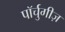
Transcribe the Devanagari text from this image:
पॉर्चुगीज़